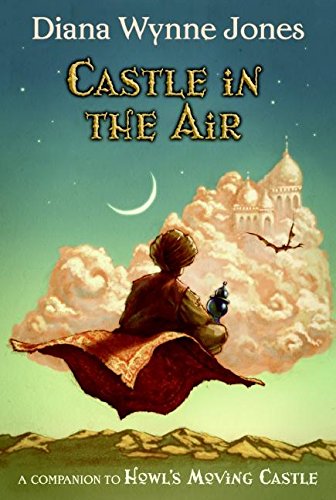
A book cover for Castle in the Air; Diana Wynne Jones; Science Fiction & Fantasy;